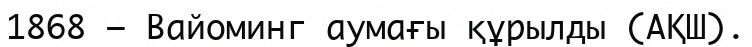
1868 — Вайоминг аумағы құрылды (АҚШ).